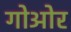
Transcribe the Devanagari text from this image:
गोओर